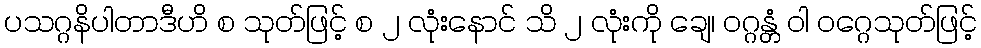
ပသဂ္ဂနိပါတာဒီဟိ စ သုတ်ဖြင့် စ ၂ လုံးနောင် သိ ၂ လုံးကို ချေ၊ ဝဂ္ဂန္တံ ဝါ ဝဂ္ဂေသုတ်ဖြင့်